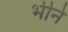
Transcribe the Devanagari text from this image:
भीने